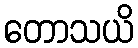
တောသယိ